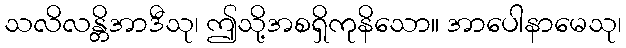
သလိလန္တိအာဒီသု၊ ဤသို့အစရှိကုနိသော။ အာပေါနာမေသု၊